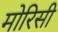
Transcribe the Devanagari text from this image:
मोरिसी